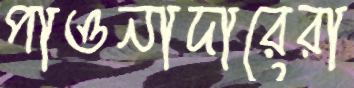
পাওনাদারেরা